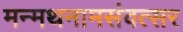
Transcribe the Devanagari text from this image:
मन्मथनामसंवत्सर